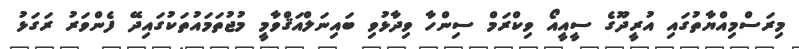
މިރަސްމިއްޔާތުގައި އުރީދޫގެ ސީއީއޯ ވިކްރަމް ސިންހާ ވިދާޅުވި ބައިނަލްއަޤްވާމީ މުޖުތަމައުތަކުގައިދޭ ފެންވަރު ރަގަޅު